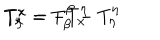
LaTeX: T _ { \eta } ^ { x } = - T _ { x } ^ { \eta } \hspace { 2 c m } T _ { x } ^ { x } = T _ { \beta } ^ { \beta } - T _ { \eta } ^ { \eta }